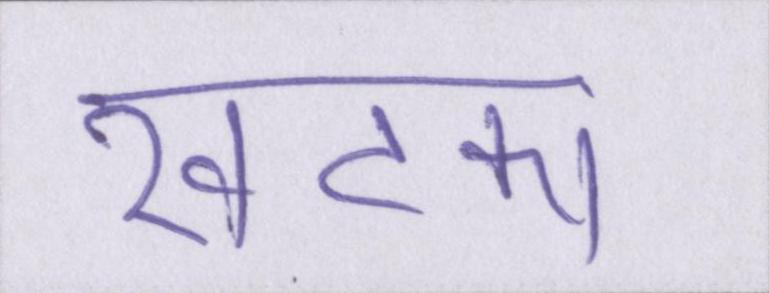
खटका